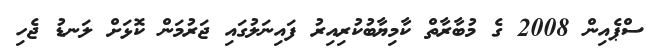
ސްޕެއިން 2008 ގެ މުބާރާތް ކާމިޔާބުކުރިއިރު ފައިނަލުގައި ޖަރުމަން ކޮޅަށް ލަނޑު ޖެހި